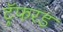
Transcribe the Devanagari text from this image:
ट्रॅफरड